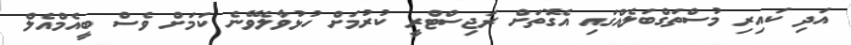
އަދި ކައިރި މުސްތަގްބަލެއްގައި އެގޮތަށް ރަޖިސްޓްރީ ކުރުމަށް ހުޅުވާލެވޭނެ ކަމަށް ވެސް ބީއެމްއެލް